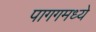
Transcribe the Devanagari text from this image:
पागगमध्ये